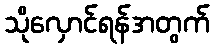
သိုလှောင်ရန်အတွက်